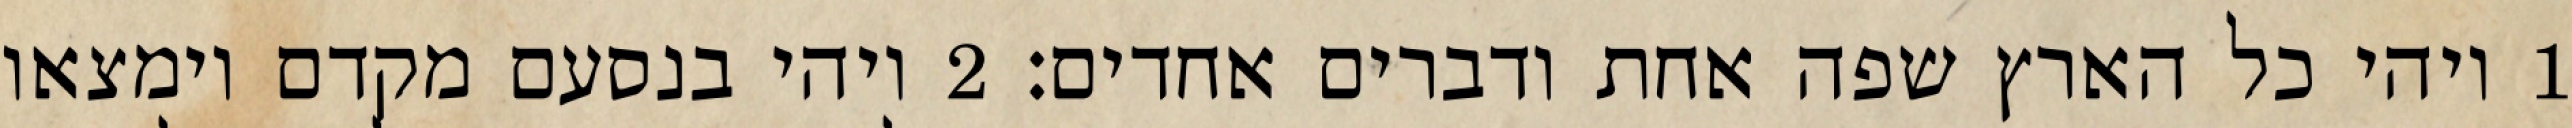
1 ויהי כל הארץ שפה אחת ודברים אחדים׃ ‎2‏ ויהי בנסעם מקדם וימצאו